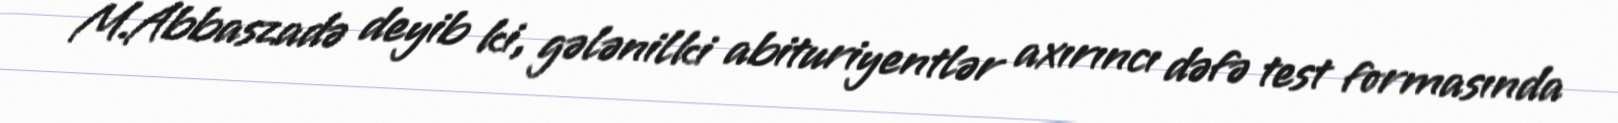
M.Abbaszadə deyib ki, gələnilki abituriyentlər axırıncı dəfə test formasında